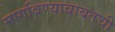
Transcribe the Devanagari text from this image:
मागविण्याबाबतची